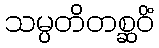
သမ္ပတိတစ္ဆဝိံ